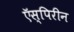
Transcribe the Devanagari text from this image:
ऍस्पिरीन